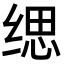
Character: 缌